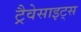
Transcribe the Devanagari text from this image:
ट्रैवेसाइट्स